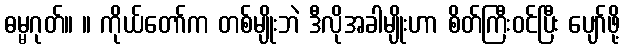
ဓမ္မဂုတ်။ ။ ကိုယ်တော်က တစ်မျိုးဘဲ ဒီလိုအခါမျိုးဟာ စိတ်ကြီးဝင်ပြီး ပျော်ဖို့